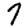
Digit: 7